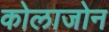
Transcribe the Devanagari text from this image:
कोलाजोन